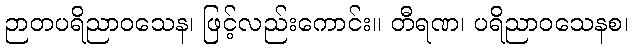
ဉာတပရိညာဝသေန၊ ဖြင့်လည်းကောင်း။ တီရဏ၊ ပရိညာဝသေနစ၊